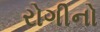
રોગીનો